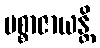
ပစ္စာဇာယန္တိ